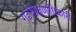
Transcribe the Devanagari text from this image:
गटशिक्षणाधिकारी